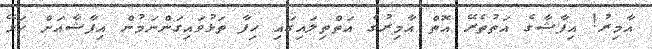
އާމިރު! އިފާޝާގެ އަތުތެރޭ އޮތް އާމިރުގެ އަތްތިލައިގައި ހިފާ ތަޅުވައިގަންނަމުން އިފާޝާއަށް ހަޅޭ